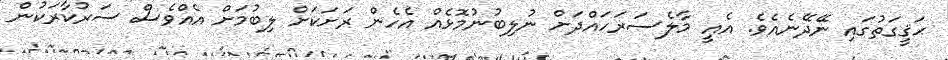
ޙަޤީގަތުގައި ނޭދޭނެއެވެ. އެއީ މާލެސަރަހައްދަށް ނުލިބުނުމޮޅެއް އެހެން ރަށަކަށް ލިބުމަށް އެއްވެސް ސަރުކާރަކުން